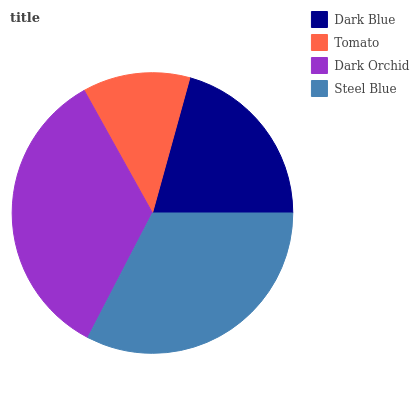
| Dark Blue | Tomato | Dark Orchid | Steel Blue |
 | --- | --- | --- | --- |
 | 20.7% | 12.4% | 34.2% | 32.7% |